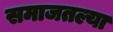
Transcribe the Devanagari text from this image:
समाजतल्या